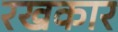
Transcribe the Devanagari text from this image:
रखकार